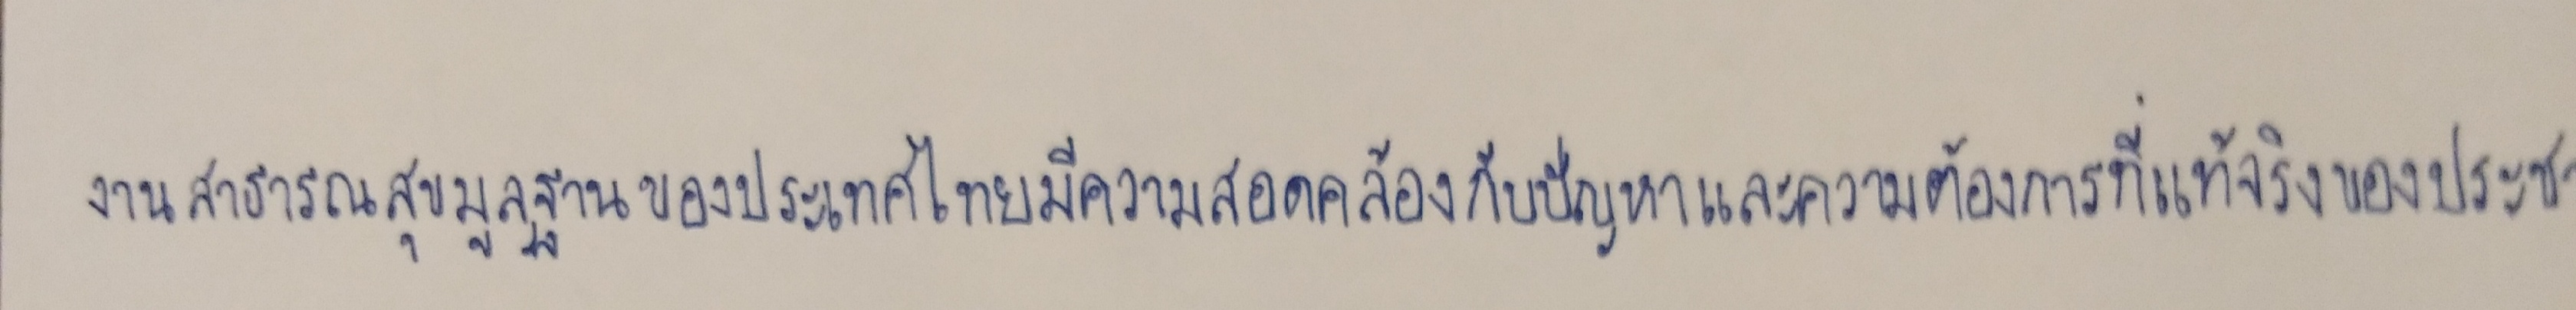
งานสาธารณสุขมูลฐานของประเทศไทยมีความสอดคล้องกับปัญหาและความต้องการที่แท้จริงของประชาชน